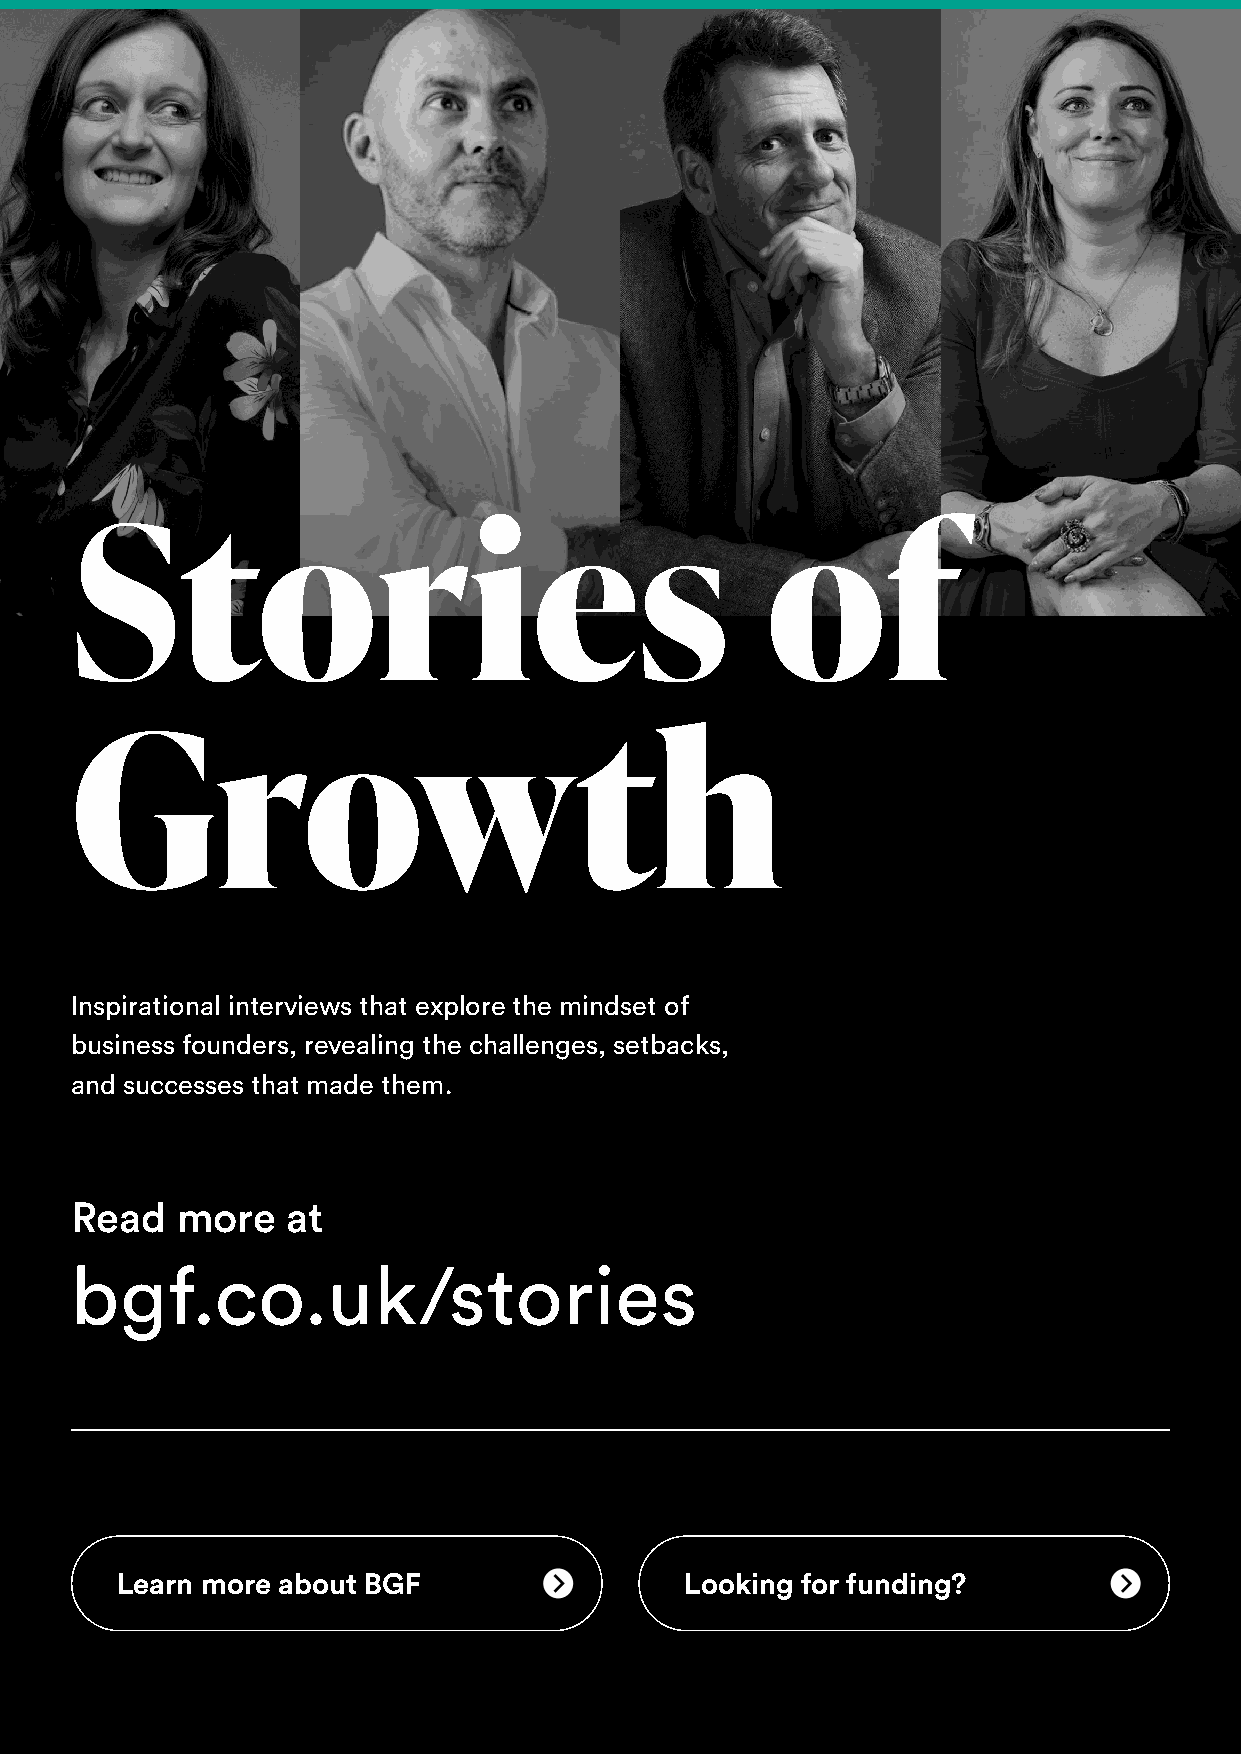
Stories                                       of
 Growth
 Inspirational interviews that explore the mindset of
 business founders, revealing the challenges, setbacks,
 and successes that made them.
 Read   more   at
 bgf.co.uk/stories
 Learn more about BGF                 Looking for funding?